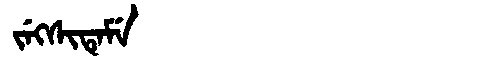
Manchu: ᠵᡝᡴᠰᡳᡨᡝᠮᡝ
Romanization: JEKSITEME